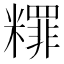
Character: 䊫